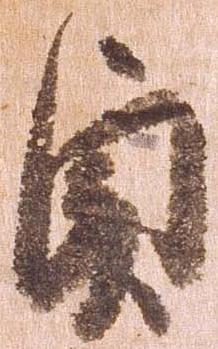
貞